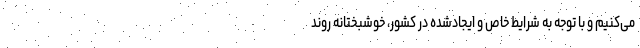
می‌کنیم و با توجه به شرایط خاص و ایجادشده در کشور، خوشبختانه روند